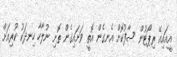
އީއައިއޭ ރިޕޯޓުން ސާފުކޮށް އެނގެން އޮތީ ވަށައިގެން ތޮށި ނުލާހާ ހިނދަކު ކުރިއަށް